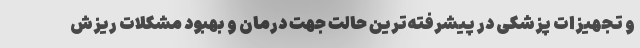
و تجهیزات پزشکی در پیشرفته‌ترین حالت جهت درمان و بهبود مشکلات ریزش